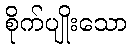
စိုက်ပျိုးသော